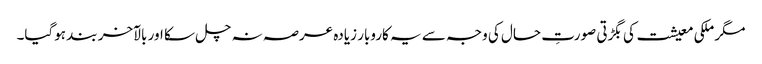
مگر ملکی معیشت کی بگڑتی صورتِ حال کی وجہ سے یہ کاروبار زیادہ عرصہ نہ چل سکا اور بالآخر بند ہوگیا۔